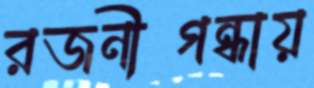
রজনীগন্ধায়